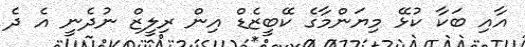
އާއި ބަކާ ކުޅޭ މިޔަންމާގެ ކޭބީޒެޑް އިން ރިލީޒް ނުދެނީ އެ ދެ